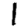
Digit: 1